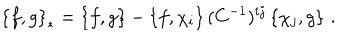
LaTeX: \left\{ f , g \right\} _ { * } = \left\{ f , g \right\} - \left\{ f , \chi _ { i } \right\} ( C ^ { - 1 } ) ^ { i j } \left\{ \chi _ { j } , g \right\} \, .